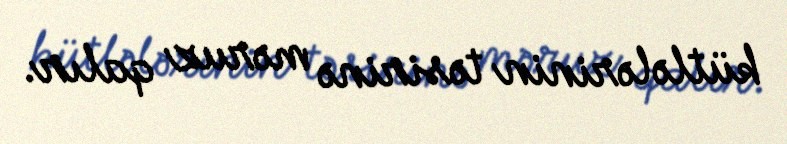
kütlələrinin təsirinə məruz qalır.